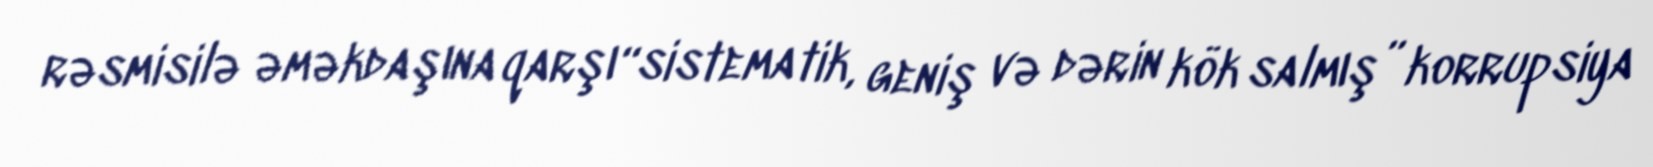
rəsmisilə əməkdaşına qarşı “sistematik, geniş və dərin kök salmış” korrupsiya